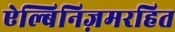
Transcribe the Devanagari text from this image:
ऐल्बिनिज़मरहित